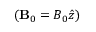
( \mathbf { B } _ { 0 } = B _ { 0 } \hat { z } )